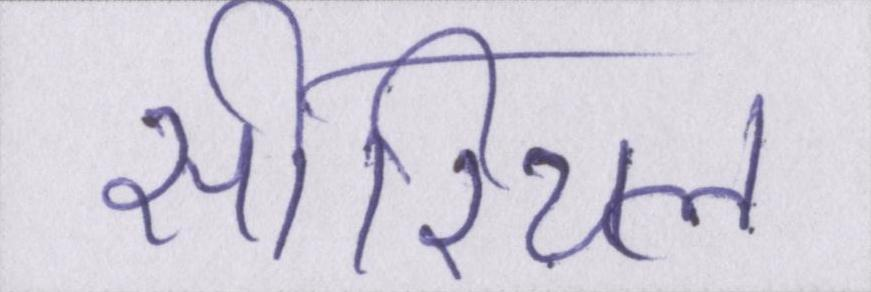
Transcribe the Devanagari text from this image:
सीरियल